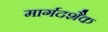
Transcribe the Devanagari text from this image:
मार्गदशैक